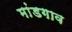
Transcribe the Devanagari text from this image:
मांडगाव